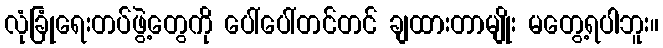
လုံခြုံရေးတပ်ဖွဲ့တွေကို ပေါ်ပေါ်တင်တင် ချထားတာမျိုး မတွေ့ရပါဘူး။